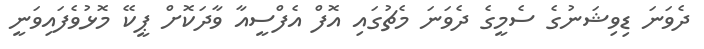
ދެވަނަ ޑިވިޝަނުގެ ސެމީގެ ދެވަނަ މެޗުގައި އޮފް އެފްސީއާ ވާދަކޮށް ޕީކޭ މޮޅުވެފައިވަނީ